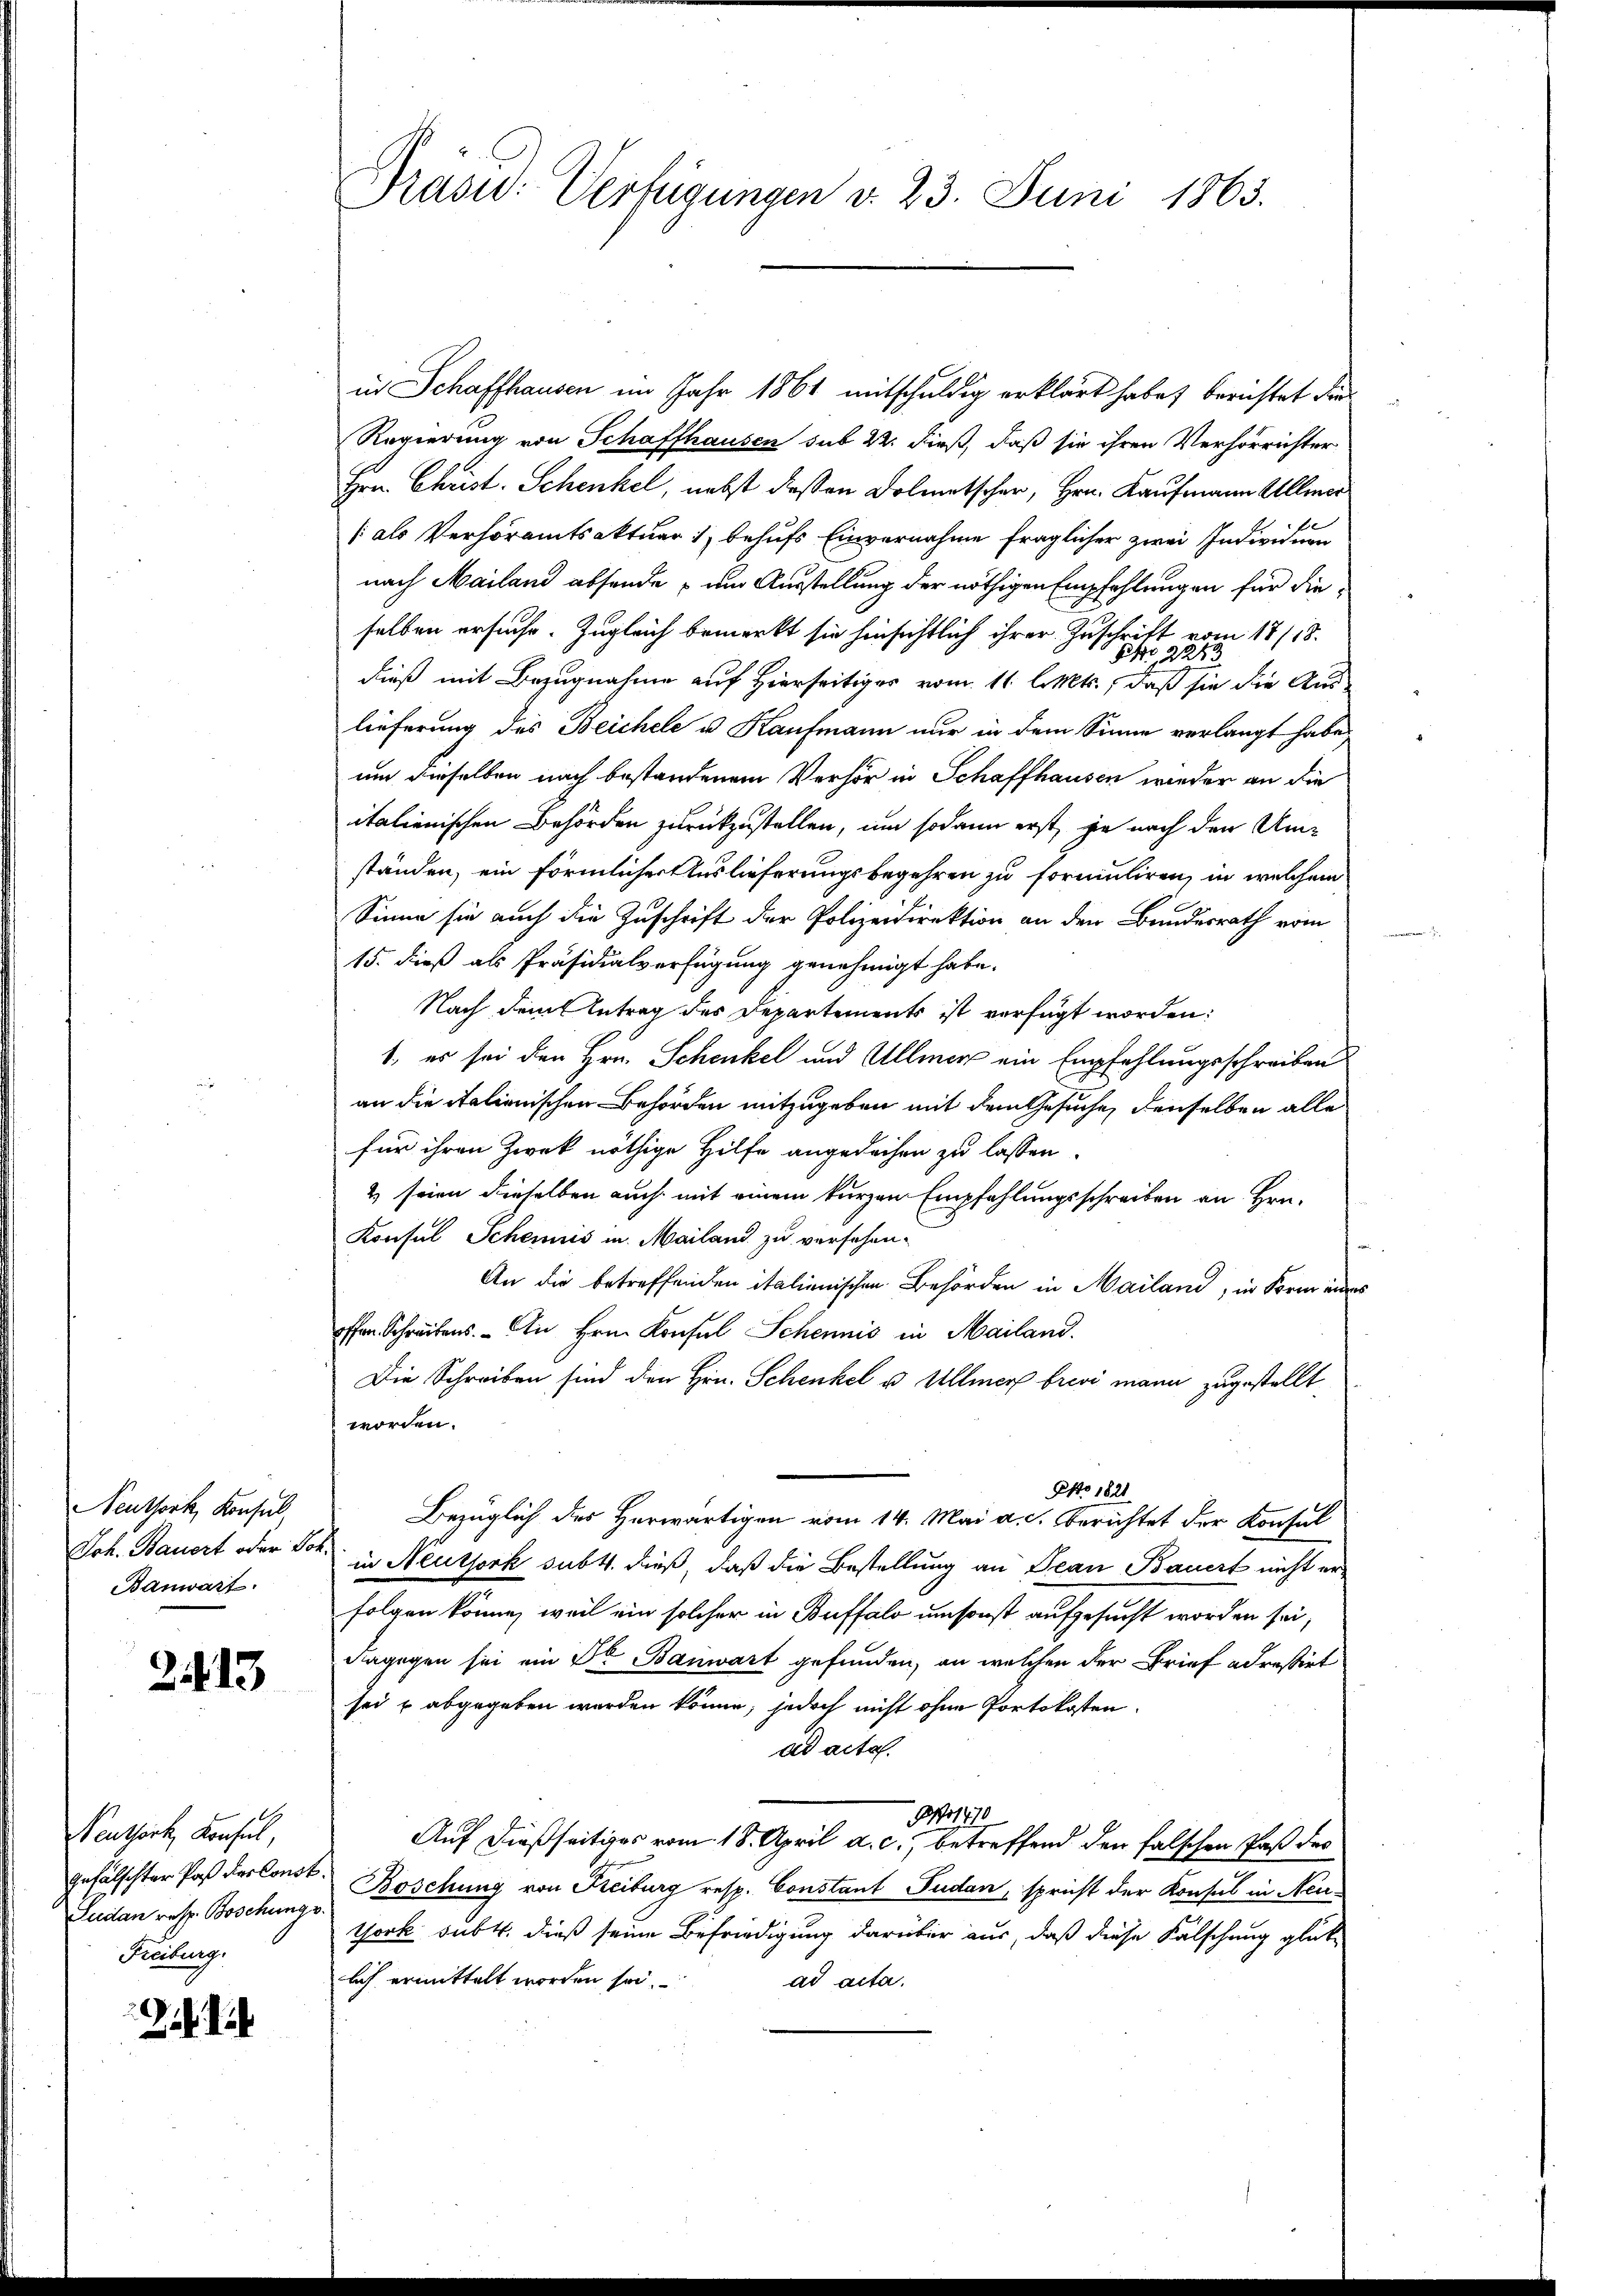
Neuthork, Konsul
Joh. Bauert oder Joh.
Banwart.

213

Neuthork, Konfel,
Gefälschter Paß des Const
Sudan resp. Boschungs
Freiburg.

.

Präsid. Verfügungen v. 23. Juni 1863.

in Schaffhausen im Jahr 1861 mitschuldig erklärt habe, berichtet die
Regierung von Schaffhausen sub 22. dieß, daß sie ihren Verhörrichter
Hrn. Christ. Schenkel, nebst deßen Dolmetschen, Hrn. Kaufmann Allmer
/ als Verhöramtsaktuar 1, behufs Einvernahme fraglicher zwei Individuen
nach Mailand absende - um Ausstellung der nöthigen Empfehlungen für dieselben ersuche. Zugleich bemerkt sie hinsichtlich ihrer Zuschrift vom 17/18.
Br 2243
dieß mit Bezugnahme auf Hierseitiges vom 11 l. Mts., daß sie die Aus-
lieferung des Beichele u Kaufmann nur in dem Sinne verlangt habe.
um dieselben nach bestandenem Verhör in Schaffhausen wieder an die
italienischen Behörden zurückzustellen, um sodann erst, je nach den Umständen, ein förmlichertuslieferungsbegehren zu formuliren, in welchem
Sinne sie auch die Zuschrift der Polizeidirektion an den Bundesrath vom
15. dieß als Präsidialverfügung genehmigt habe.
Nach dem Antrag des Departements ist verfügt worden:
1., es sei den Hrn. Schenkel und Ullmer ein Empfehlungsschreiben
an die italionischen Behörden mitzugeben mit dem Gesuche, denselben alle
für ihren Zwek nöthige Hilfe angedachen zu lassen.
2 seien dieselben auch mit einem kurzen Empfehlungsschreiben an Hrn.
Konsul Scheinus u. Mailand zu versehen.
An die betreffenden italienischen Behörden in Mailand, in Form anderes
offen Schreibens. An Hrn. Konsul Schennis in Mailand.
Die Schreiben sind den Hrn. Schenkel u Ullmer brevi mann zugestellt
worden.
NNo. 1821
Bezüglich des Herwärtigen vom 14. Mai a. c. Berichtet der Konsul
in Neuthork subt. dieß, daß die Bestellung an Jean Bauert nicht erfolgen könne, weil ein solcher in Buffalo umsonst aufgesucht worden sei,
dagegen sei ein Dr Banwart gefunden, an welchen der Brief adreßirt
sei u abgegeben werden könne; jedoch nicht ohne Portokosten.
ad acta.
1410
Auf dießseitiges vom 18. April a. c., betreffend den falschen Paß des
Boschung von Freiburg resp. Constant Pudan, spricht der Konsul in Neuthork subt. dieß seine Befriedigung darüber aus, daß diese Fälschung glücke
lich ermittelt worden sei.
ad acta.